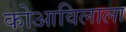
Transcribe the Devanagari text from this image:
कोआविलाला